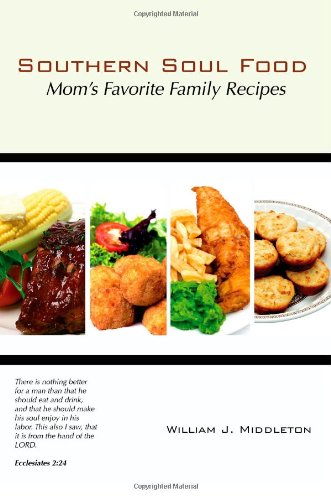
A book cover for Southern Soul Food: Mom's Favorite Family Recipes; William J. Middleton; Cookbooks, Food & Wine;